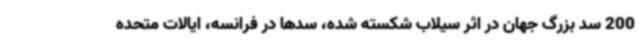
200 سد بزرگ جهان در اثر سیلاب شکسته شده، سدها در فرانسه، ایالات متحده